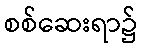
စစ်ဆေးရာ၌